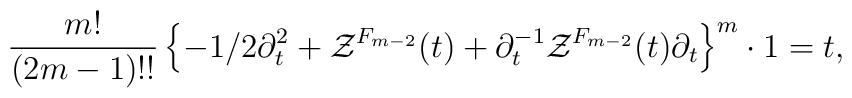
{m!\over (2m-1)!!}\left\{-1/2\partial^2_t+{\cal Z}^{F_{m-2}}(t)+\partial_t^{-1}{\cal Z}^{F_{m-2}}(t)\partial_t\right\}^m\cdot1=t,